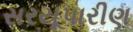
સરયૂપારીણ